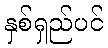
နှစ်ရှည်ပင်